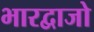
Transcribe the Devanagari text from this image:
भारद्वाजो